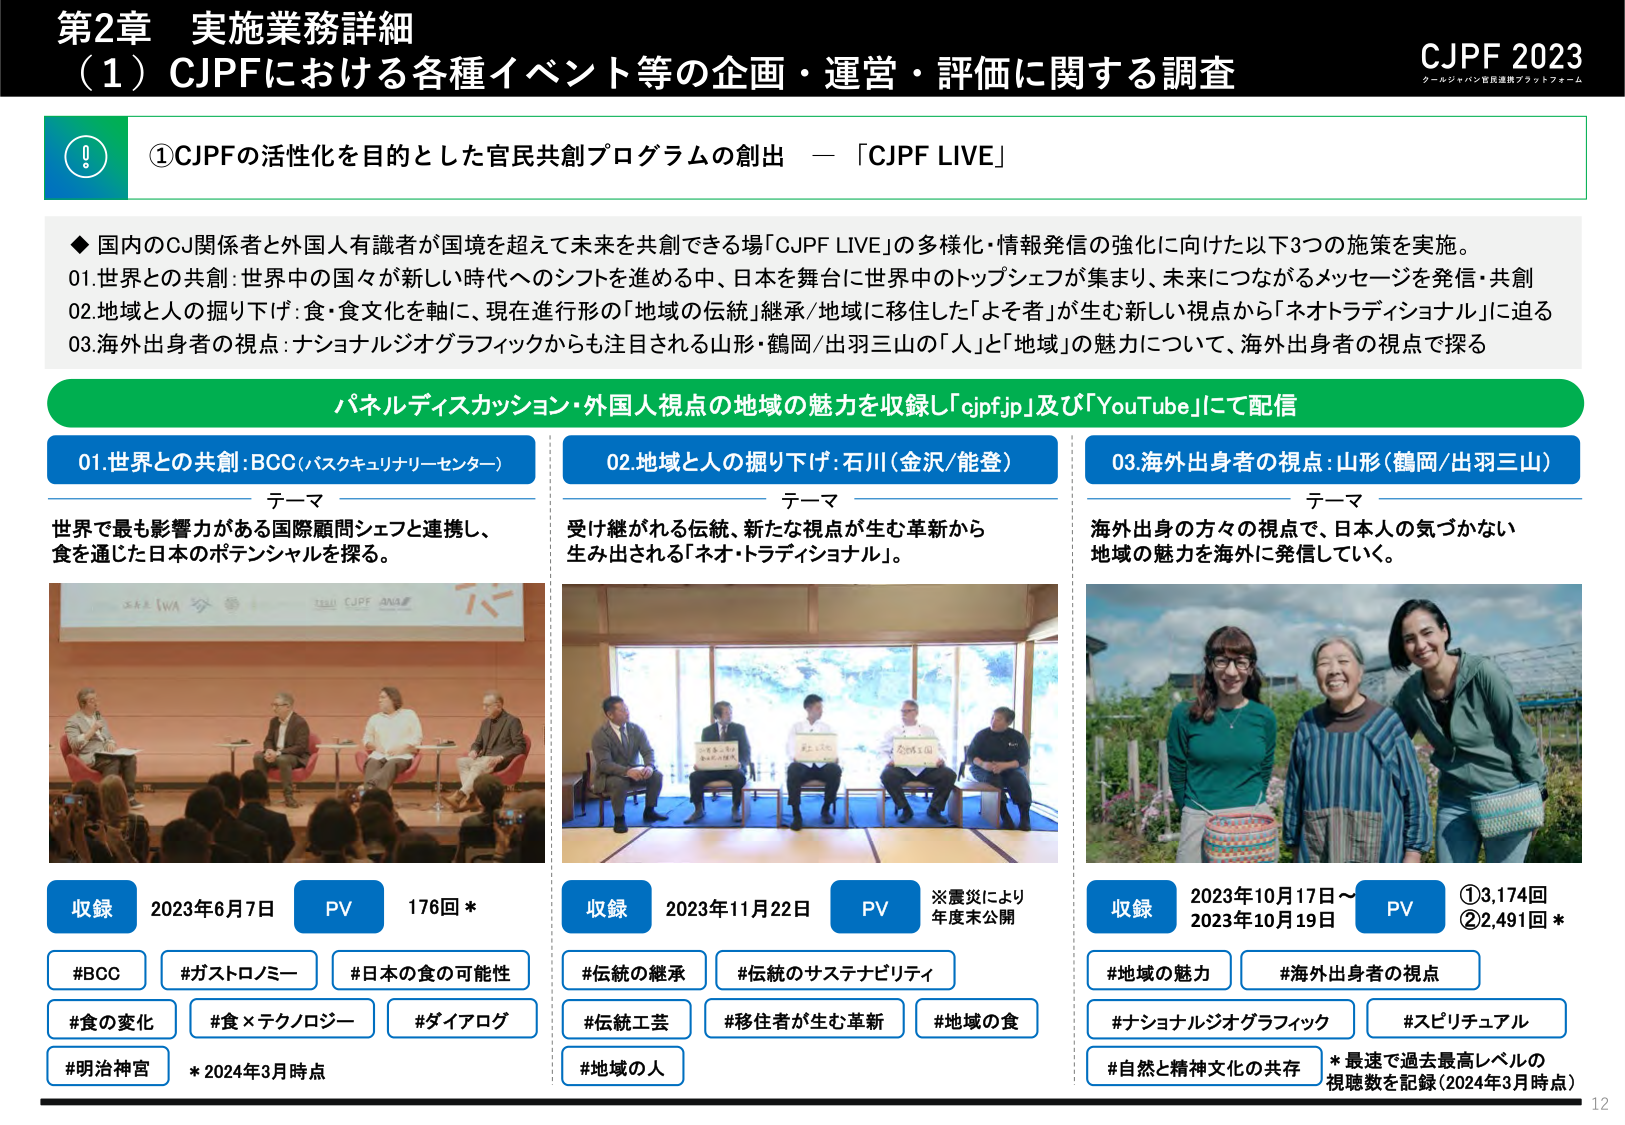
第2章 実施業務詳細
（1）CJPFにおける各種イベント等の企画・運営・評価に関する調査
CJPF 2023
クールジャパン官民連携プラットフォーム

①CJPFの活性化を目的とした官民共創プログラムの創出 —「CJPF LIVE」

◆ 国内のCJ関係者と外国人有識者が国境を超えて未来を共創できる場「CJPF LIVE」の多様化・情報発信の強化に向けた以下3つの施策を実施。
01.世界との共創：世界中の国々が新しい時代へのシフトを進める中、日本を舞台に世界中のトップシェフが集まり、未来につながるメッセージを発信・共創
02.地域と人の掘り下げ：食・食文化を軸に、現在進行形の「地域の伝統」継承/地域に移住した「よそ者」が生む新しい視点から「ネオトラディショナル」に迫る
03.海外出身者の視点：ナショナルジオグラフィックからも注目される山形・鶴岡/出羽三山の「人」と「地域」の魅力について、海外出身者の視点で探る

パネルディスカッション・外国人視点の地域の魅力を収録し「cjpf.jp」及び「YouTube」にて配信

01.世界との共創：BCC（バスキュリナリーセンター）
テーマ
世界で最も影響力がある国際顧問シェフと連携し、
食を通じた日本のポテンシャルを探る。

収録 2023年6月7日
PV 176回 *
#BCC #ガストロノミー #日本の食の可能性
#食の変化 #食×テクノロジー #ダイアログ
#明治神宮 *2024年3月時点

02.地域と人の掘り下げ：石川（金沢/能登）
テーマ
受け継がれる伝統、新たな視点が生む革新から
生み出される「ネオ・トラディショナル」。

収録 2023年11月22日
PV ※震災により年度末公開
#伝統の継承 #伝統のサステナビリティ
#伝統工芸 #移住者が生む革新 #地域の食
#地域の人

03.海外出身者の視点：山形（鶴岡/出羽三山）
テーマ
海外出身の方々の視点で、日本人の気づかない
地域の魅力を海外に発信していく。

収録 2023年10月17日～2023年10月19日
PV ①3,174回 ②2,491回 *
#地域の魅力 #海外出身者の視点
#ナショナルジオグラフィック #スピリチュアル
#自然と精神文化の共存 *最速で過去最高レベルの視聴数を記録（2024年3月時点）

12